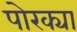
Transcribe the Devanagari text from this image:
पोरक्या